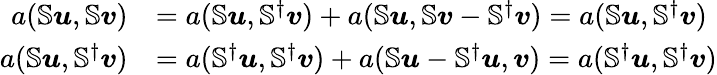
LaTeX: \begin{array}{rl}{a(\mathbb{S}\boldsymbol{u},\mathbb{S}\boldsymbol{v})}&{=a(\mathbb{S}\boldsymbol{u},\mathbb{S}^{\dagger}\boldsymbol{v})+a(\mathbb{S}\boldsymbol{u},\mathbb{S}\boldsymbol{v}-\mathbb{S}^{\dagger}\boldsymbol{v})=a(\mathbb{S}\boldsymbol{u},\mathbb{S}^{\dagger}\boldsymbol{v})}\\ {a(\mathbb{S}\boldsymbol{u},\mathbb{S}^{\dagger}\boldsymbol{v})}&{=a(\mathbb{S}^{\dagger}\boldsymbol{u},\mathbb{S}^{\dagger}\boldsymbol{v})+a(\mathbb{S}\boldsymbol{u}-\mathbb{S}^{\dagger}\boldsymbol{u},\boldsymbol{v})=a(\mathbb{S}^{\dagger}\boldsymbol{u},\mathbb{S}^{\dagger}\boldsymbol{v})}\end{array}